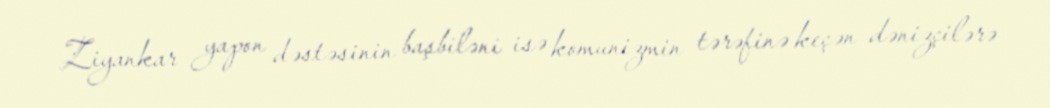
Ziyankar yapon dəstəsinin başbiləni isə komunizmin tərəfinə keçən dənizçilərə